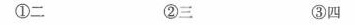
4. 月亮最后没有穿上合身的衣裳是因为( )。(4分)